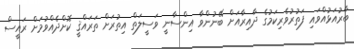
ބާރުއަޅުއްވައި ފަތުރުވެރިކަމުގެ ދާއިރާއަށް ބޭނުންވާ އިންސާނީ ވަސީލަތް އިތުރަށް ތަރައްޤީ ކޮށްދެއްވުމަށް ރައީސް